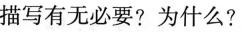
描写有无必要?为什么?